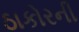
ઠાકોરની